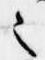
之